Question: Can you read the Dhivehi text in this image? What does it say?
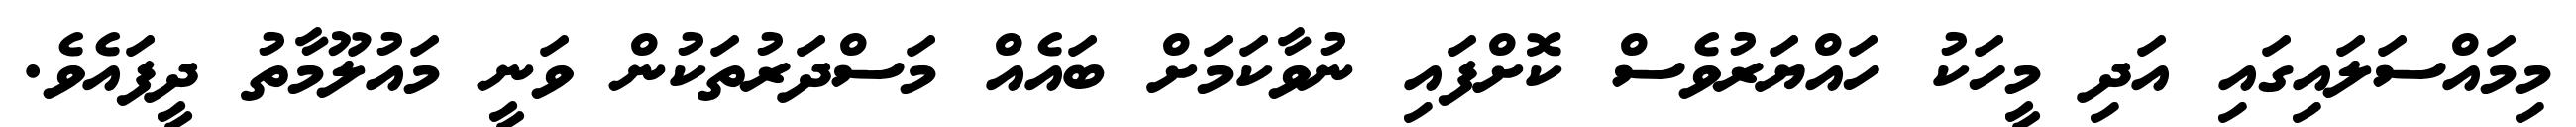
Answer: މިމައްސަލައިގައި އަދި މީހަކު ހައްޔަރުވެސް ކޮށްފައި ނުވާކަމަށް ބައެއް މަސްދަރުތަކުން ވަނީ މައުލޫމާތު ދީފައެވެ.